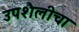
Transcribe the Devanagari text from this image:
उपशैलीचा